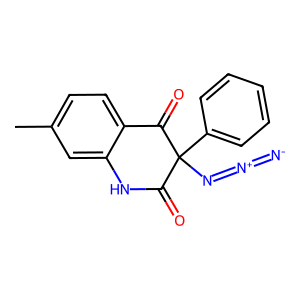
SMILES: Cc1ccc2c(c1)NC(=O)C(N=[N+]=[N-])(c1ccccc1)C2=O
Inhibits HIV replication: No